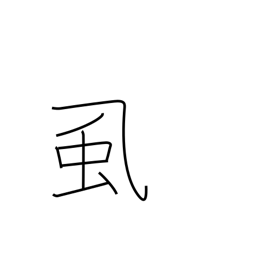
Meaning: lice